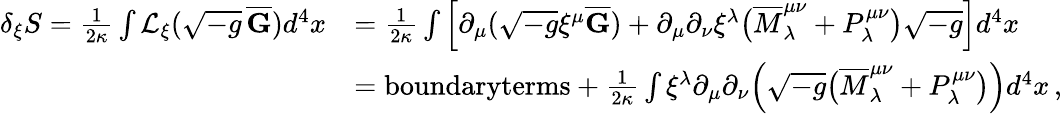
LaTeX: \begin{array}{rl}{\delta_{\xi}S=\frac{1}{2\kappa}\int\mathcal{L}_{\xi}(\sqrt{-g}\, \overline{{\mathbf{G}}})d^{4}x}&{=\frac{1}{2\kappa}\int\Big[\partial_{\mu}(\sqrt{-g}\xi^{\mu}\overline{{\mathbf{G}}})+\partial_{\mu}\partial_{\nu}\xi^{\lambda}\big(\overline{{M}}^{\mu\nu}_{\lambda}+P^{\mu\nu}_{\lambda}\big)\sqrt{-g}\Big]d^{4}x}\\ &{=\textrm{boundaryterms}+\frac{1}{2\kappa}\int\xi^{\lambda}\partial_{\mu}\partial_{\nu}\Big(\sqrt{-g}\big(\overline{{M}}^{\mu\nu}_{\lambda}+P^{\mu\nu}_{\lambda}\big)\Big)d^{4}x\, ,}\end{array}